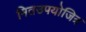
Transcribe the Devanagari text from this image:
मितउपयोजित्र